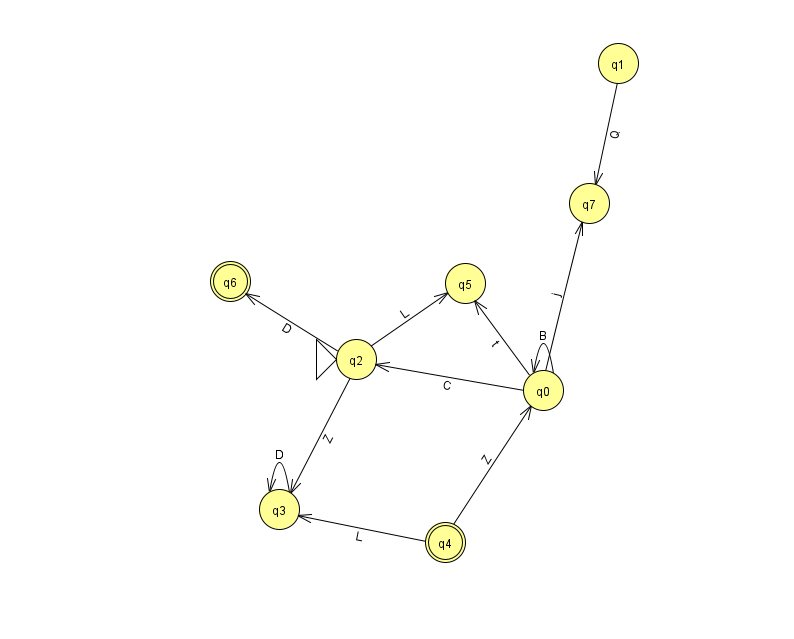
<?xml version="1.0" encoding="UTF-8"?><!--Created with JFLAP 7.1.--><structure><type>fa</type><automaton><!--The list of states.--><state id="0" name="q0"><x>543.0</x><y>377.0</y></state><state id="1" name="q1"><x>618.0</x><y>50.0</y></state><state id="2" name="q2"><x>356.0</x><y>346.0</y><initial/></state><state id="3" name="q3"><x>279.0</x><y>496.0</y></state><state id="4" name="q4"><x>445.0</x><y>529.0</y><final/></state><state id="5" name="q5"><x>465.0</x><y>270.0</y></state><state id="6" name="q6"><x>230.0</x><y>268.0</y><final/></state><state id="7" name="q7"><x>589.0</x><y>190.0</y></state><!--The list of transitions.--><transition><from>0</from><to>7</to><read>j</read></transition><transition><from>0</from><to>0</to><read>B</read></transition><transition><from>3</from><to>3</to><read>D</read></transition><transition><from>0</from><to>2</to><read>C</read></transition><transition><from>2</from><to>5</to><read>L</read></transition><transition><from>2</from><to>6</to><read>D</read></transition><transition><from>0</from><to>5</to><read>t</read></transition><transition><from>4</from><to>3</to><read>L</read></transition><transition><from>2</from><to>3</to><read>Z</read></transition><transition><from>1</from><to>7</to><read>Q</read></transition><transition><from>4</from><to>0</to><read>Z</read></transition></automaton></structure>